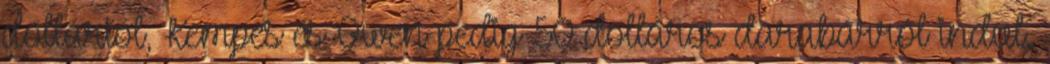
dollártól, Kempes és Owen pedig 50 dolláros darabárról indul.